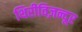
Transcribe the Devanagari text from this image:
थिरीविज़न्दूर